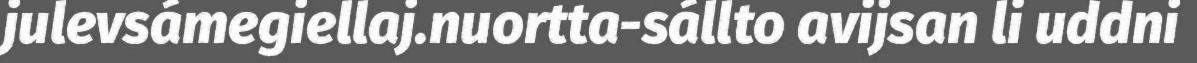
julevsámegiellaj.nuortta-sállto avijsan li uddni